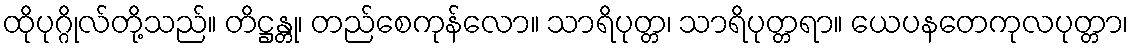
ထိုပုဂ္ဂိုလ်တို့သည်။ တိဋ္ဌန္တု၊ တည်စေကုန်လော။ သာရိပုတ္တ၊ သာရိပုတ္တရာ။ ယေပနတေကုလပုတ္တာ၊